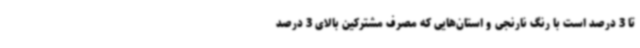
تا 3 درصد است با رنگ نارنجی و استان‌هایی که مصرف مشترکین بالای 3 درصد